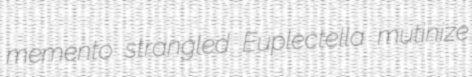
memento strangled Euplectella mutinize